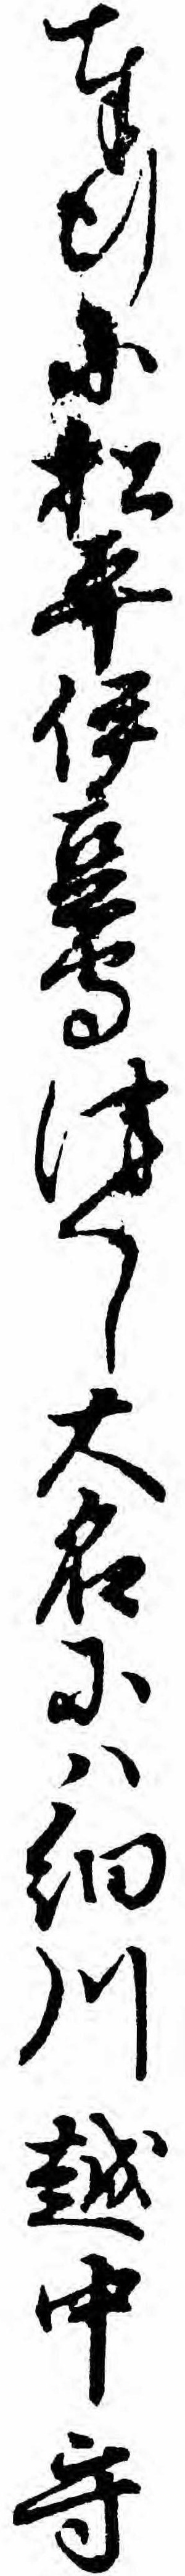
奉行に松平伊豆守つくし大名にハ細川越中守